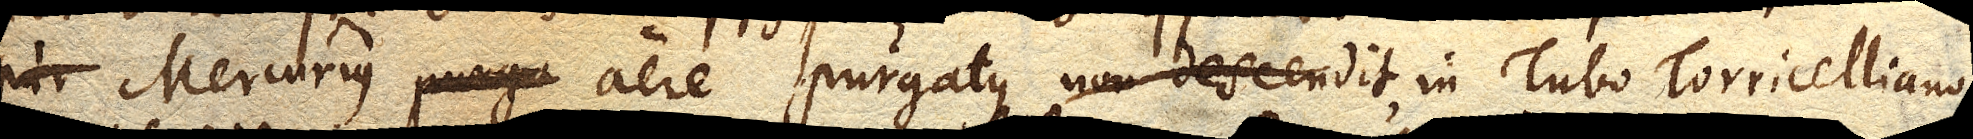
Mercurius aere purgatus in Tubo Torricelliano,